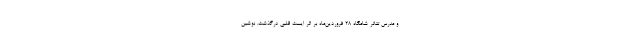
و مدرس تئاتر شامگاه ۲۸ فروردین‌ماه بر اثر ایست قلبی درگذشت. نوشین